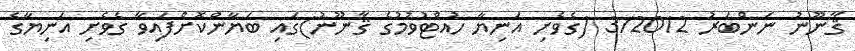
ޤާނޫނު ނަންބަރު 3/2012 (ގެވެށި އަނިޔާ ހުއްޓުވުމުގެ ޤާނޫނު)ގައި ބަޔާންކޮށްފައިވާ ގެވެށި އަނިޔާގެ